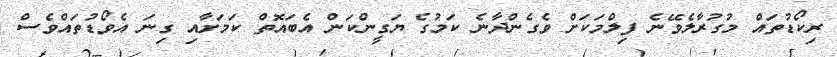
ރިކޯޑުތައް މުގުރާލެވޭނެ ފިލްމަކަށް ވެގެންދާނެ ކަމުގެ ޔަގީންކަން އެބައޮތް ކަމަށާއި ގިނަ އެވޯޑުތައްވެސް